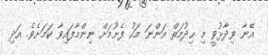
އޭނާ ވިދާޅުވީ މި ޙިދުމަތް އަންނަ މަހު ފެށުމަށް ނިންމާފައިވާ ކަމަށެވެ. އަދި